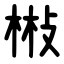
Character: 㪔